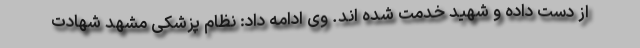
از دست داده و شهید خدمت شده اند. وی ادامه داد: نظام پزشکی مشهد شهادت